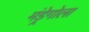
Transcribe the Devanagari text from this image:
मंड्रेगोला